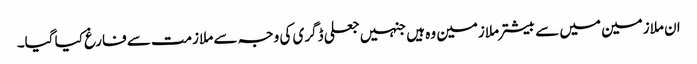
ان ملازمین میں سے بیشتر ملازمین وہ ہیں جنہیں جعلی ڈگری کی وجہ سے ملازمت سے فارغ کیا گیا۔